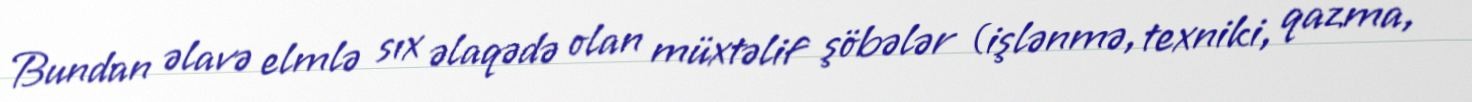
Bundan əlavə elmlə sıx əlaqədə olan müxtəlif şöbələr (işlənmə, texniki, qazma,